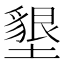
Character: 墾